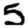
Digit: 5